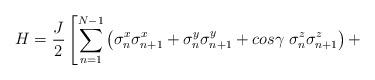
LaTeX: \begin{align*}H = \frac{J}{2} \left[\sum^{N-1}_{n=1}\left(\sigma_n^x\sigma^x_{n+1}+ \sigma_n^y\sigma_{n+1}^y + cos \gamma \;\sigma_n^z\sigma_{n+1}^z\right) + \right.\end{align*}